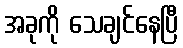
အခုကို သေချင်နေပြီ